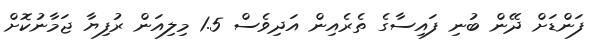
ފަންޑަށް ދޭން ބުނި ފައިސާގެ ތެރެއިން އަދިވެސް 1.5 މިލިއަން ރުފިޔާ ޖަމާނުކޮށް